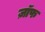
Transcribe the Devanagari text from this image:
ज़ॉफ